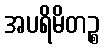
အပရိမိတဉ္စ